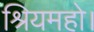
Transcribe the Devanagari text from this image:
श्रियमहो।